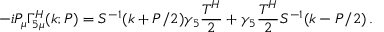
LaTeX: - i P _ { \mu } \Gamma _ { 5 \mu } ^ { H } ( k ; P ) = { S } ^ { - 1 } ( k + P / 2 ) \gamma _ { 5 } \frac { T ^ { H } } { 2 } + \gamma _ { 5 } \frac { T ^ { H } } { 2 } { S } ^ { - 1 } ( k - P / 2 ) \, .